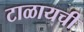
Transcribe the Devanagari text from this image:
टाळायची